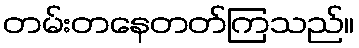
တမ်းတနေတတ်ကြသည်။